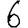
Digit: 6